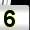
Digit: 5